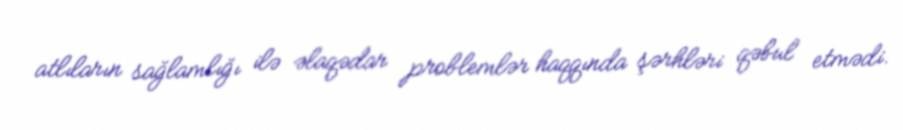
atlıların sağlamlığı ilə əlaqədar problemlər haqqında şərhləri qəbul etmədi.